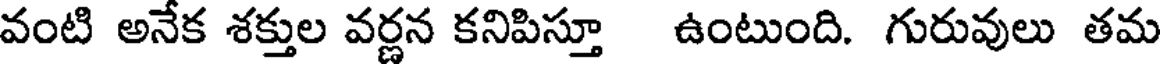
వంటి అనేక శక్తుల వర్ణన కనిపిస్తూ ఉంటుంది. గురువులు తమ